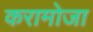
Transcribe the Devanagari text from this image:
करामोजा